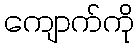
ကျောက်ကို